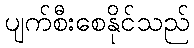
ပျက်စီးစေနိုင်သည်